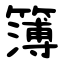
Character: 簿